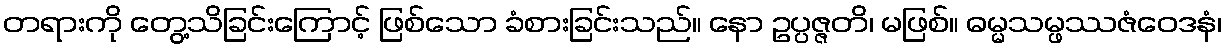
တရားကို တွေ့သိခြင်းကြောင့် ဖြစ်သော ခံစားခြင်းသည်။ နော ဥပ္ပဇ္ဇတိ၊ မဖြစ်။ ဓမ္မသမ္ဖဿဇံဝေဒနံ၊